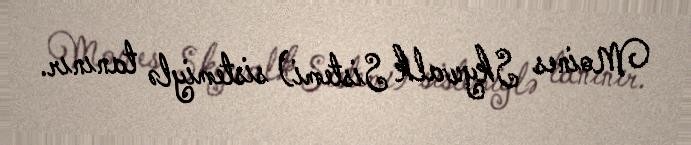
Moines Skywalk Sistemi) sistemiylə tanınır.